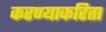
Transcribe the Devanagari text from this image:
करण्‍याकरिता